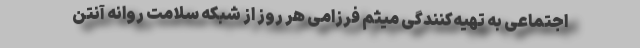
اجتماعی به تهیه‌کنندگی میثم فرزامی هر روز از شبکه سلامت روانه آنتن